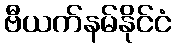
ဗီယက်နမ်နိုင်ငံ